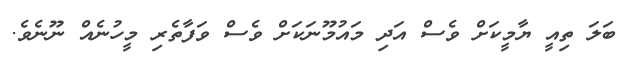
ބަލަ ތިއީ ޔާމީކަށް ވެސް އަދި މައުމޫނަކަށް ވެސް ވަފާތެރި މީހުނެއް ނޫނެވެ.